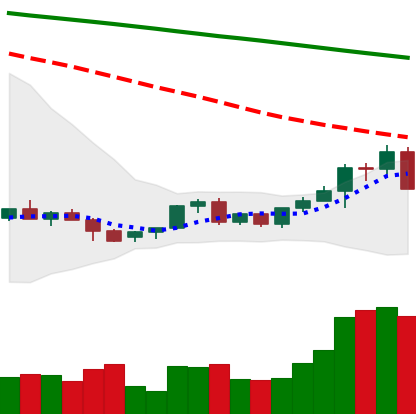
Ticker: LINK-USD
Chart end date: 2022-06-10
Forward return: -8.972%
Label: down_7plus